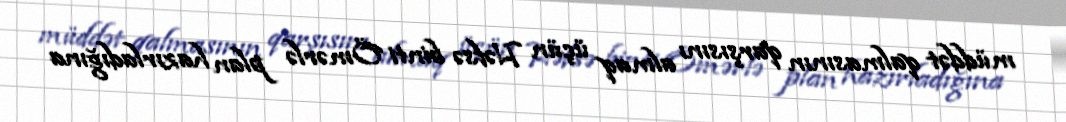
müddət qalmasının qarşısını almaq üçün Həfsə binti Ömərlə plan hazırladığına